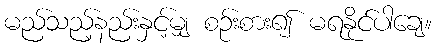
မည်သည့်နည်းနှင့်မျှ စဉ်းစား၍ မရနိုင်ပါချေ။